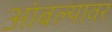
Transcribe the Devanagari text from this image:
आंबल्यावर